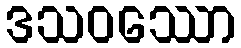
ဒသဝဿော